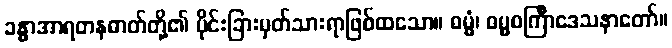
ခန္ဓာအာရတနဓာတ်တို့၏ ပိုင်းခြားမှတ်သားရာဖြစ်ထသော။ ဓမ္မံ၊ ဓမ္မစင်္ကြာဒေသနာတော်။